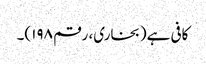
کافی ہے(بخاری، رقم ۱۹۸)۔